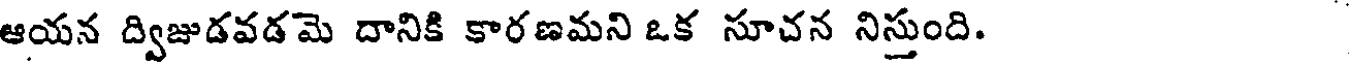
ఆయన ద్విజుడవడమె దానికి కారణమని ఒక సూచన నిస్తుంది.